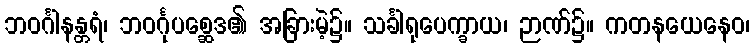
ဘဝင်္ဂါနန္တရံ၊ ဘဝင်္ဂုပစ္ဆေဒ၏ အခြားမဲ့၌။ သင်္ခါရုပေက္ခာယ၊ ဉာဏ်၌။ ကတနယေနေဝ၊